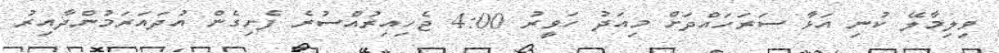
ވިލިމާލޭ ކުނި އަޅާ ސަރަހައްދަށް މިއަދު ހަވީރު 4:00 ޖެހިއިރުއްސުރެ ފެށިގެން އުދައަރަމުންދާއިރު